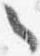
々